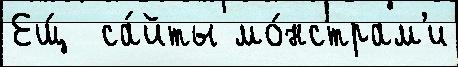
Ещ́  са́йты мо́нстрам'и